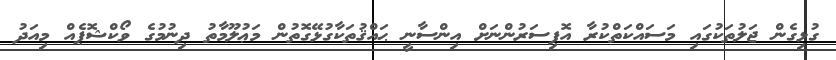
ގުޅިގެން ޖަލުތަކުގައި މަސައްކަތްކުރާ އޮފިސަރުންނަށް އިންސާނީ ޙައްޤުތަކާގުޅޭގޮތުން މަޢުލޫމާތު ދިނުމުގެ ވޯކްޝޮޕެއް މިއަދު